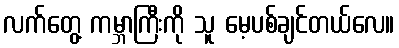
လက်တွေ့ ကမ္ဘာကြီးကို သူ မေ့ပစ်ချင်တယ်လေ။